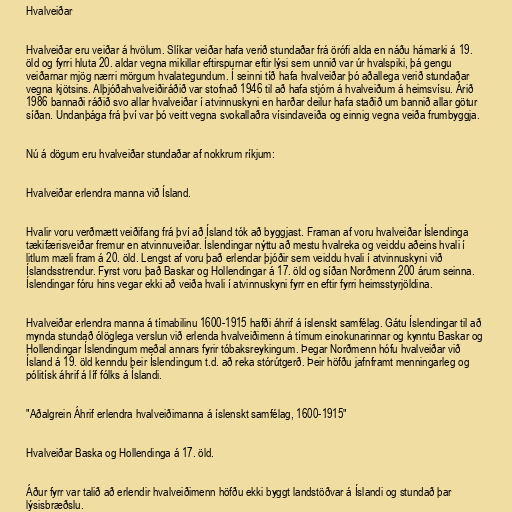
Hvalveiðar

Hvalveiðar eru veiðar á hvölum. Slíkar veiðar hafa verið stundaðar frá örófi alda en náðu hámarki á 19.
öld og fyrri hluta 20. aldar vegna mikillar eftirspurnar eftir lýsi sem unnið var úr hvalspiki, þá gengu
veiðarnar mjög nærri mörgum hvalategundum. Í seinni tíð hafa hvalveiðar þó aðallega verið stundaðar
vegna kjötsins. Alþjóðahvalveiðiráðið var stofnað 1946 til að hafa stjórn á hvalveiðum á heimsvísu. Árið
1986 bannaði ráðið svo allar hvalveiðar í atvinnuskyni en harðar deilur hafa staðið um bannið allar götur
síðan. Undanþága frá því var þó veitt vegna svokallaðra vísindaveiða og einnig vegna veiða frumbyggja.

Nú á dögum eru hvalveiðar stundaðar af nokkrum ríkjum:

Hvalveiðar erlendra manna við Ísland.

Hvalir voru verðmætt veiðifang frá því að Ísland tók að byggjast. Framan af voru hvalveiðar Íslendinga
tækifærisveiðar fremur en atvinnuveiðar. Íslendingar nýttu að mestu hvalreka og veiddu aðeins hvali í
litlum mæli fram á 20. öld. Lengst af voru það erlendar þjóðir sem veiddu hvali í atvinnuskyni við
Íslandsstrendur. Fyrst voru það Baskar og Hollendingar á 17. öld og síðan Norðmenn 200 árum seinna.
Íslendingar fóru hins vegar ekki að veiða hvali í atvinnuskyni fyrr en eftir fyrri heimsstyrjöldina.

Hvalveiðar erlendra manna á tímabilinu 1600-1915 hafði áhrif á íslenskt samfélag. Gátu Íslendingar til að
mynda stundað ólöglega verslun við erlenda hvalveiðimenn á tímum einokunarinnar og kynntu Baskar og
Hollendingar Íslendingum meðal annars fyrir tóbaksreykingum. Þegar Norðmenn hófu hvalveiðar við
Ísland á 19. öld kenndu þeir Íslendingum t.d. að reka stórútgerð. Þeir höfðu jafnframt menningarleg og
pólitísk áhrif á líf fólks á Íslandi.

"Aðalgrein Áhrif erlendra hvalveiðimanna á íslenskt samfélag, 1600-1915"

Hvalveiðar Baska og Hollendinga á 17. öld.

Áður fyrr var talið að erlendir hvalveiðimenn höfðu ekki byggt landstöðvar á Íslandi og stundað þar
lýsisbræðslu.